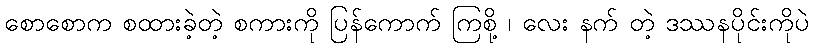
စောစောက စထားခဲ့တဲ့ စကားကို ပြန်ကောက် ကြစို့ ၊ လေး နက် တဲ့ ဒဿနပိုင်းကိုပဲ